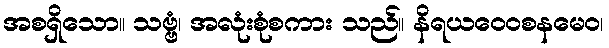
အစရှိသော။ သဗ္ဗံ၊ အလုံးစုံစကား သည်။ နိရယဝေဝစနမေဝ၊